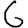
Digit: 6